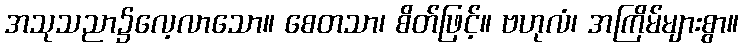
အသုသညာ၌လေ့လာသော။ စေတသာ၊ စိတ်ဖြင့်။ ဗဟုလံ၊ အကြိမ်များစွာ။